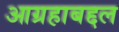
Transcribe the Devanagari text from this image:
आग्रहाबद्दल